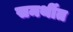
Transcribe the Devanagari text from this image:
समर्थीत